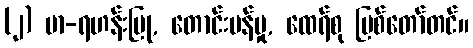
(၂) မာ-ရဟန်းပြု, တောင်းပန်မှု, ထေရ်စု ပြစ်တော်တင်။